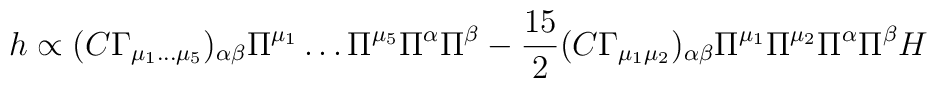
h\propto (C\Gamma_{\mu_1\dots\mu_5})_{\alpha\beta}         \Pi^{\mu_1}\dots\Pi^{\mu_5}\Pi^\alpha\Pi^\beta -\frac{15}{2}         (C\Gamma_{\mu_1\mu_2})_{\alpha\beta}         \Pi^{\mu_1}\Pi^{\mu_2}\Pi^\alpha\Pi^\beta H